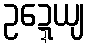
ဥဍ္ဍေယျ